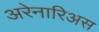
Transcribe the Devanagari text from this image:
अरेनारिअस